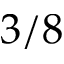
3 / 8